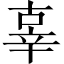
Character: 辜